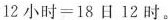
1 2 小 时 = 1 8 日 1 2 时$$。